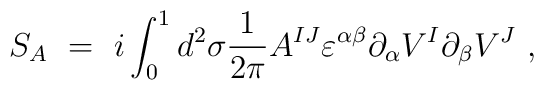
S_{A}\ =\ i\int^1_0 d^2\sigma \frac{1}{2\pi}A^{IJ}\varepsilon^{\alpha \beta}\partial_\alpha V^I\partial_\beta V^J \ ,\label{A^{IJ}}